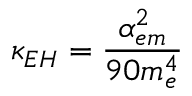
\kappa _ { E H } = \frac { \alpha _ { e m } ^ { 2 } } { 9 0 m _ { e } ^ { 4 } }